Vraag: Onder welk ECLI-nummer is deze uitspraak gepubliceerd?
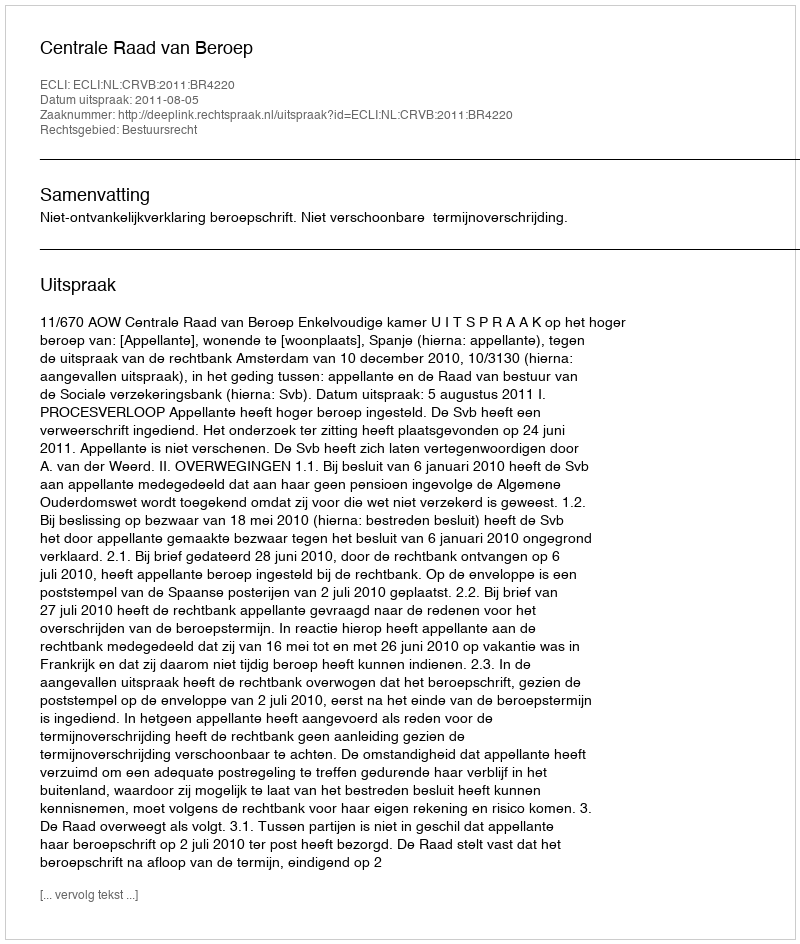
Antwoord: ECLI:NL:CRVB:2011:BR4220